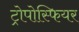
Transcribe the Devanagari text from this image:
ट्रोपोस्फियर